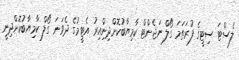
ލެސްޓަ ސިޓީގެ ފުރަތަމަ ގޯލް ނަޖެންޓް ކާމިޔާބުކޮށްދިންިއިރު އެޓީމުގެ ދެވަނަ ގޯލް ކާމިޔާބުކޮށްދިނީ